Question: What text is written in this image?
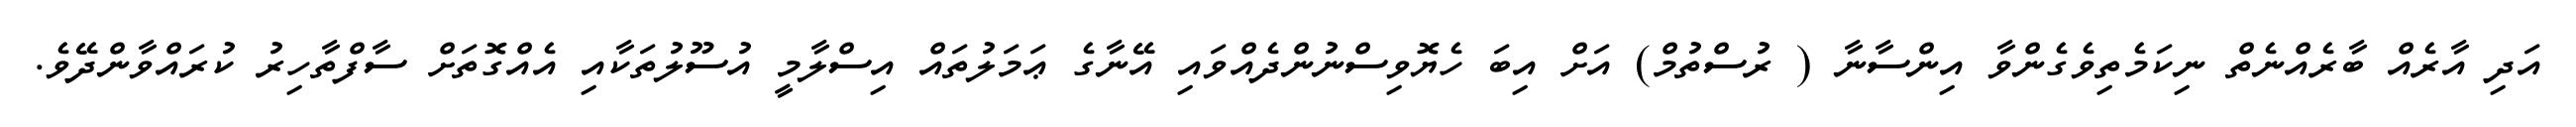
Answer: އަދި އާރެއް ބާރެއްނެތް ނިކަމެތިވެގެންވާ އިންސާނާ ( ރުސްތުމް) އަށް އިބަ ހެޔޮވިސްނުންދެއްވައި އޭނާގެ ޢަމަލުތައް އިސްލާމީ އުސޫލުތަކާއި އެއްގޮތަށް ސާފްތާހިރު ކުރައްވާންދޭވެ.